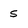
Character: 5